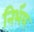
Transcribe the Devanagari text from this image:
निभ॔य